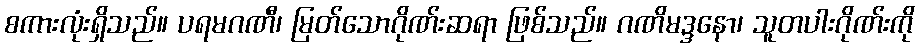
စကားလုံးရှိသည်။ ပရမဂဏီ၊ မြတ်သောဂိုဏ်းဆရာ ဖြစ်သည်။ ဂဏိမဒ္ဒနော၊ သူတပါးဂိုဏ်းကို